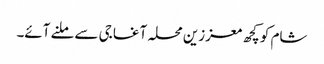
شام کو کچھ معززین محلہ آغا جی سے ملنے آئے۔